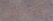
التحقيق